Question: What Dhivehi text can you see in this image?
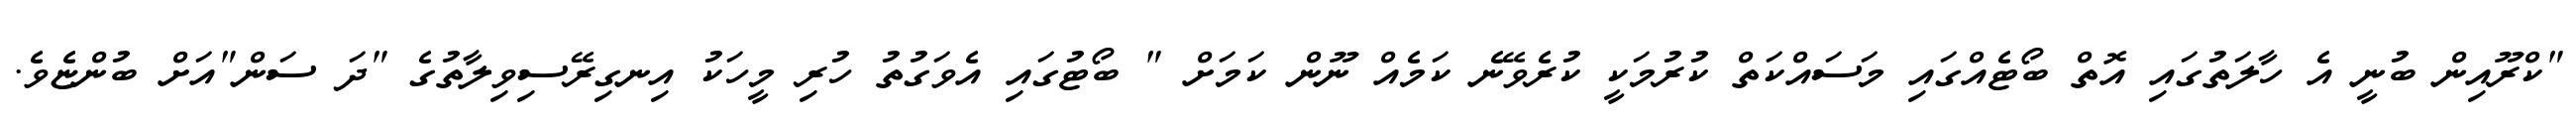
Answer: "ކްރޫއިން ބުނީ އެ ހާލަތުގައި އޮތް ބޯޓެއްގައި މަސައްކަތް ކުރުމަކީ ކުރެވޭނެ ކަމެއް ނޫން ކަމަށް " ބޯޓުގައި އެވަގުތު ހުރި މީހަކު އިނގިރޭސިވިލާތުގެ "ދަ ސަން"އަށް ބުންޏެވެ.